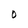
Character: O